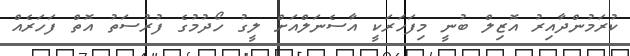
ކުރަމުންދާއިރު އޮޒިލް ބުނީ މިފަހަރަކީ އާސެނަލްއަށް ލީގު ހޯދުމުގެ ފުރުސަތު އޮތް ފަހަރެއް